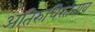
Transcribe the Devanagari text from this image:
अतिरुधिरतनाव